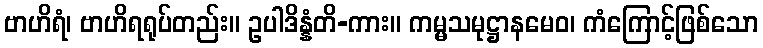
ဗာဟိရံ၊ ဗာဟိရရုပ်တည်း။ ဥပါဒိန္နံတိ-ကား။ ကမ္မသမုဋ္ဌာနမေဝ၊ ကံကြောင့်ဖြစ်သော